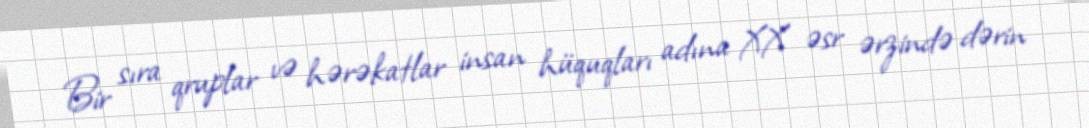
Bir sıra qruplar və hərəkatlar insan hüquqları adına XX əsr ərzində dərin